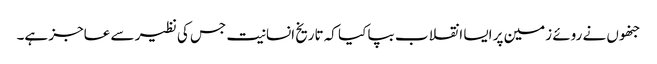
جنھوں نے روئے زمین پر ایسا انقلاب بپا کیا کہ تاریخ انسانیت جس کی نظیر سے عاجز ہے۔